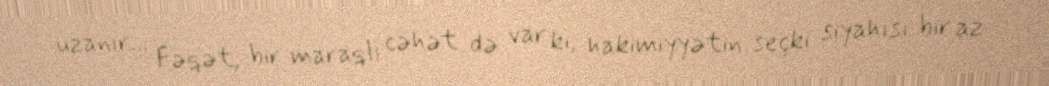
uzanır... Fəqət, bir maraqlı cəhət də var ki, hakimiyyətin seçki siyahısı bir az